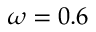
\omega = 0 . 6